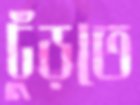
ঢুঁড়তে